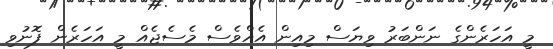
މީ އަހަރެންގެ ނަންބަރު ވިޔަސް މިއިން އެއްވެސް މެސެޖެއް މީ އަހަރެން ފޮނުވި